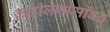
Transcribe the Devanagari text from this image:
काहीजणांसोबत